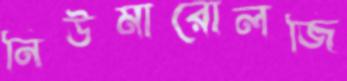
নিউমারোলজি